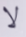
لا